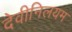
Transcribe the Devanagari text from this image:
देवीनिलयम